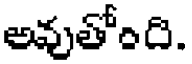
అవుతోంది.